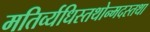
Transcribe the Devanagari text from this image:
मतिर्व्यधिस्तथोन्मदस्तथा